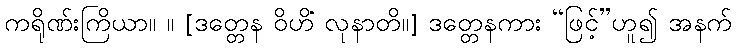
ကရိုဏ်းကြိယာ။ ။ [ဒတ္တေန ဝိဟိံ လုနာတိ။] ဒတ္တေနကား “ဖြင့်”ဟူ၍ အနက်